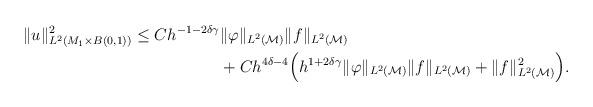
LaTeX: \begin{align*}\begin{aligned}\| u\|^2_{L^2(M_1 \times B(0,1))}\leq C h^{-1-2\delta \gamma}&\Vert \varphi \Vert_{L^2(\mathcal{M})} \Vert f \Vert_{L^2( \mathcal{M})}\\& + C h^{4\delta -4} \Bigl(h^{1+2 \delta \gamma}\Vert \varphi \Vert_{L^2(\mathcal{M})}\Vert f \Vert_{L^2(\mathcal{M})}+ \| f\|_{L^2(\mathcal{M})}^2\Bigr).\end{aligned}\end{align*}